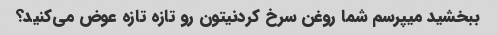
ببخشید میپرسم شما روغن سرخ کردنیتون رو تازه تازه عوض می‌کنید؟